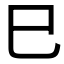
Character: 巳